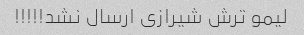
لیمو ترش شیرازی ارسال نشد!!!!!